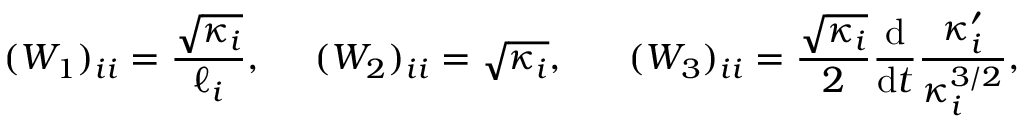
( W _ { 1 } ) _ { i i } = \frac { \sqrt { \kappa _ { i } } } { \ell _ { i } } , \ \ \ \ ( W _ { 2 } ) _ { i i } = \sqrt { \kappa _ { i } } , \ \ \ \ \ ( W _ { 3 } ) _ { i i } = \frac { \sqrt { \kappa _ { i } } } { 2 } \frac { \mathrm { d } } { \mathrm { d } t } \frac { \kappa _ { i } ^ { \prime } } { \kappa _ { i } ^ { 3 / 2 } } ,